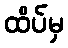
ထိပ်မှ